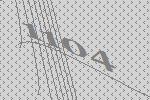
1104